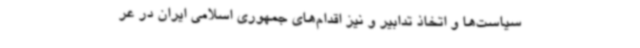
سیاست‌ها و اتخاذ تدابیر و نیز اقدام‌های جمهوری اسلامی ایران در عر